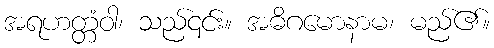
အရဟတ္တံဝါ၊ သည်၎င်း။ အဓိဂမောနာမ၊ မည်၏။